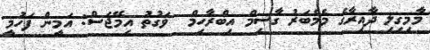
މާމިގިލި ދާއިރާގެ މެމްބަރު ގާސިމް އިބްރާހިމް  ވަގުތު އިމޭޖަސް: އަމީން ފަހުމީ